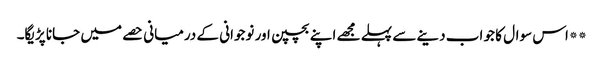
**اس سوال کا جو اب دینے سے پہلے مجھے اپنے بچپن اور نوجوانی کے درمیانی حصے میں جانا پڑیگا۔